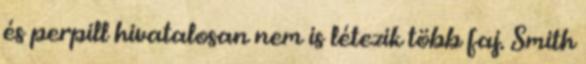
és perpill hivatalosan nem is létezik több faj. Smith